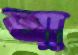
আ